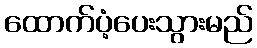
ထောက်ပံ့ပေးသွားမည်